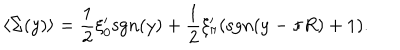
LaTeX: \langle \Sigma ( y ) \rangle = { \frac { 1 } { 2 } } \xi _ { 0 } ^ { \prime } \mathrm { s g n } ( y ) + { \frac { 1 } { 2 } } \xi _ { \pi } ^ { \prime } ( \mathrm { s g n } ( y - \pi R ) + 1 ) .